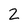
Character: 2